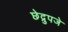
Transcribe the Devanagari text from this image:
छेद्रुपजे